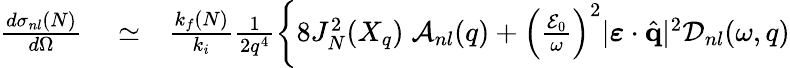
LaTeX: \begin{array}{rlr}{\frac{d{\sigma}_{nl}(N)}{d\Omega}}&{{}\simeq}&{\frac{k_{f}(N)}{k_{i}}\frac{1}{2q^{4}}\left\{ 8J_{N}^{2}(X_{q})\; {\cal A}_{nl}(q)+\left(\frac{{\cal E}_{0}}{\omega}\right)^{2}|\boldsymbol{\varepsilon}\cdot{\hat{\mathbf{q}}}|^{2}{\cal D}_{nl}(\omega,q)\right.}\end{array}